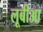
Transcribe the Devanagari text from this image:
लूबीआ